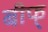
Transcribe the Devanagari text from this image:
बीफ्